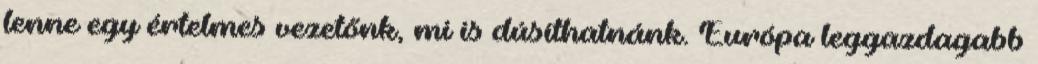
lenne egy értelmes vezetőnk, mi is dúsíthatnánk. Európa leggazdagabb